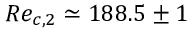
R e _ { c , 2 } \simeq 1 8 8 . 5 \pm 1